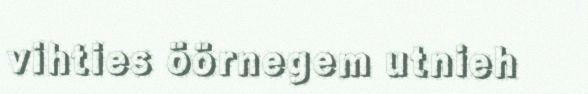
vihties öörnegem utnieh